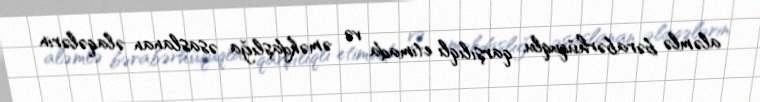
aləmlə bərabərhüquqlu, qarşılıqlı etimada və əməkdaşlığa əsaslanan əlaqələrin